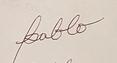
Signature authenticity: forged